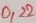
Text: 0,22